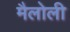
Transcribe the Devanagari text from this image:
मैलोली